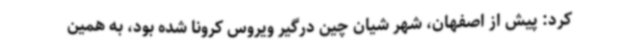
کرد: پیش از اصفهان، شهر شیان چین درگیر ویروس کرونا شده بود، به همین